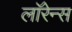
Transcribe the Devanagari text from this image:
लाॅरेन्स